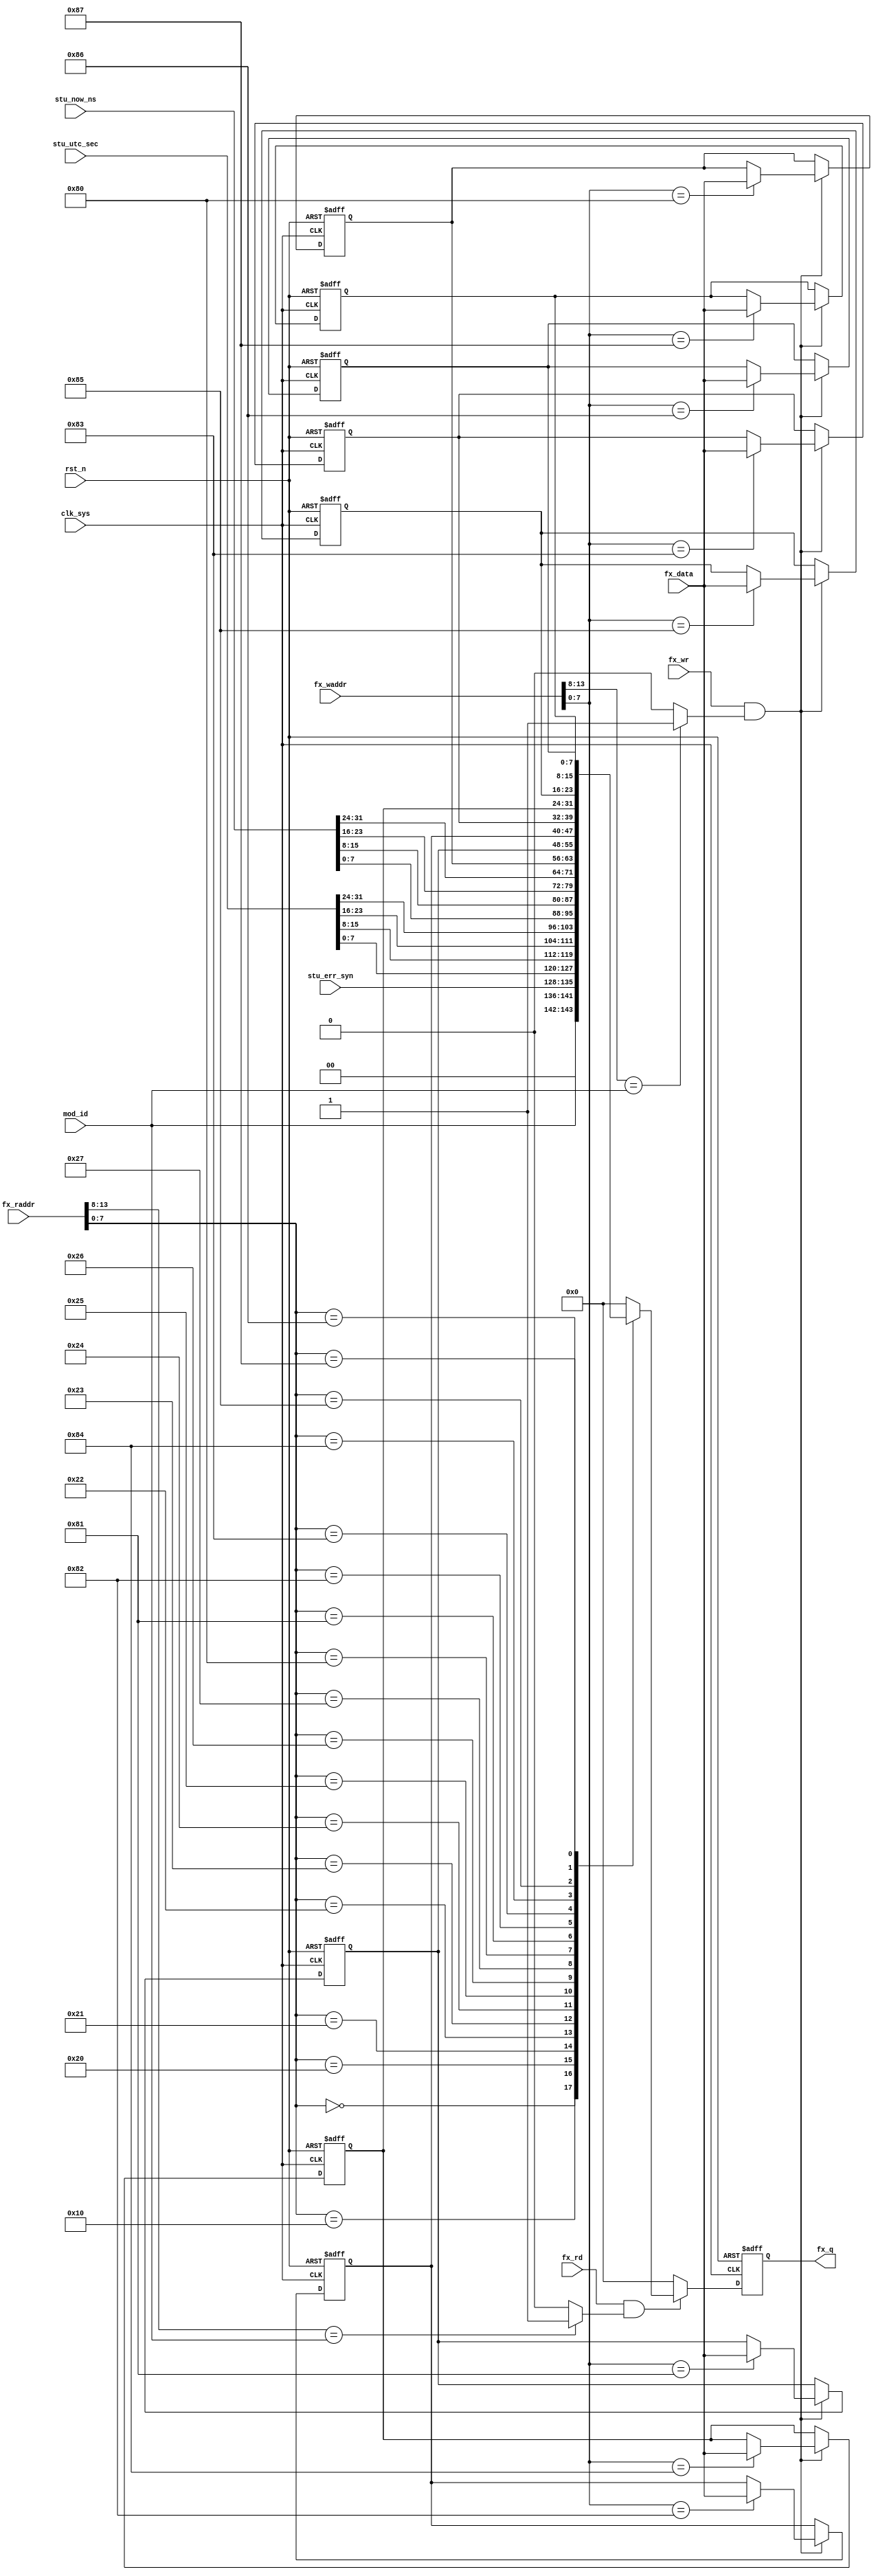
//syn_reg.v

module syn_reg(
//fx bus
fx_waddr,
fx_wr,
fx_data,
fx_rd,
fx_raddr,
fx_q,
//register
stu_err_syn,
stu_utc_sec,
stu_now_ns,
//clk rst
mod_id,
clk_sys,
rst_n
);
//fx_bus
input 				fx_wr;
input [7:0]		fx_data;
input [15:0]	fx_waddr;
input [15:0]	fx_raddr;
input 				fx_rd;
output  [7:0]	fx_q;
//register
input [7:0]		stu_err_syn;
input [31:0]	stu_utc_sec;
input [31:0]	stu_now_ns;
//clk rst
input [5:0] mod_id;
input clk_sys;
input rst_n;

//-----------------------------------------
//-----------------------------------------

wire dev_wsel = (fx_waddr[13:8]== mod_id) ? 1'b1 :1'b0;
wire dev_rsel = (fx_raddr[13:8]== mod_id) ? 1'b1 :1'b0;

wire now_wr = fx_wr & dev_wsel;
wire now_rd = fx_rd & dev_rsel;


//--------- register --------
reg [7:0] cfg_dbg0;
reg [7:0] cfg_dbg1;
reg [7:0] cfg_dbg2;
reg [7:0] cfg_dbg3;
reg [7:0] cfg_dbg4;
reg [7:0] cfg_dbg5;
reg [7:0] cfg_dbg6;
reg [7:0] cfg_dbg7;



//--------- write register ----------
always @ (posedge clk_sys or negedge rst_n)	begin
	if(~rst_n)	begin
		cfg_dbg0 <= 8'h80;
		cfg_dbg1 <= 8'h81;
		cfg_dbg2 <= 8'h82;
		cfg_dbg3 <= 8'h83;
		cfg_dbg4 <= 8'h84;
		cfg_dbg5 <= 8'h85;
		cfg_dbg6 <= 8'h86;
		cfg_dbg7 <= 8'h87;
	end
	else if(now_wr) begin
		case(fx_waddr[7:0])
			8'h80 : cfg_dbg0 <= fx_data;
			8'h81 : cfg_dbg1 <= fx_data;
			8'h82 : cfg_dbg2 <= fx_data;
			8'h83 : cfg_dbg3 <= fx_data;
			8'h84 : cfg_dbg4 <= fx_data;
			8'h85 : cfg_dbg5 <= fx_data;
			8'h86 : cfg_dbg6 <= fx_data;
			8'h87 : cfg_dbg7 <= fx_data;
			default : ;
		endcase
	end
	else ;
end
			

//---------- read register ---------
reg [7:0] q0;
always @(posedge clk_sys or negedge rst_n)	begin
	if(~rst_n) begin
		q0 <= 8'h0;
	end
	else if(now_rd) begin
		case(fx_raddr[7:0])
			8'h0  : q0 <= mod_id;
			8'h10 : q0 <= stu_err_syn;
			8'h20 : q0 <= stu_utc_sec[7:0];
			8'h21 : q0 <= stu_utc_sec[15:8];
			8'h22 : q0 <= stu_utc_sec[23:16];
			8'h23 : q0 <= stu_utc_sec[31:24];
			8'h24 : q0 <= stu_now_ns[7:0];
			8'h25 : q0 <= stu_now_ns[15:8];
			8'h26 : q0 <= stu_now_ns[23:16];
			8'h27 : q0 <= stu_now_ns[31:24];
			8'h80 : q0 <= cfg_dbg0;
			8'h81 : q0 <= cfg_dbg1;
			8'h82 : q0 <= cfg_dbg2;
			8'h83 : q0 <= cfg_dbg3;
			8'h84 : q0 <= cfg_dbg4;
			8'h85 : q0 <= cfg_dbg5;
			8'h86 : q0 <= cfg_dbg6;
			8'h87 : q0 <= cfg_dbg7;
			
			default : q0 <= 8'h0;
		endcase
	end
	else 
		q0 <= 8'h0;
end

wire [7:0] fx_q;
assign fx_q = q0;
	
	
endmodule